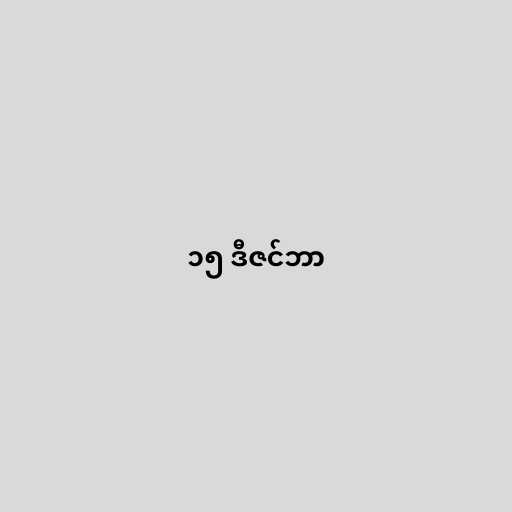
၁၅ ဒီဇင်ဘာ